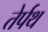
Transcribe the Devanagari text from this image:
तेर्पथ